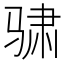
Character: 骕